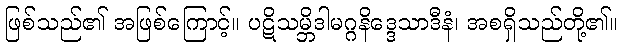
ဖြစ်သည်၏ အဖြစ်ကြောင့်။ ပဋိသမ္ဘိဒါမဂ္ဂနိဒ္ဒေသာဒီနံ၊ အစရှိသည်တို့၏။